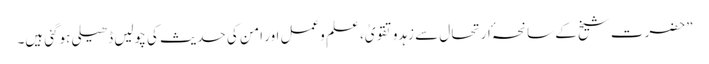
”حضرت شیخ کے سانحہٴ ارتحال سے زہدوتقویٰ، علم وعمل اور امن کی حدیث کی چولیں ڈھیلی ہوگئی ہیں۔